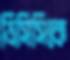
ডিসিসিকে